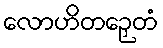
လောဟိတဉှေတံ